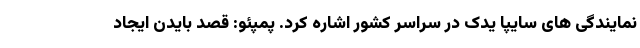
نمایندگی های سایپا یدک در سراسر کشور اشاره كرد. پمپئو: قصد بایدن ایجاد